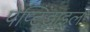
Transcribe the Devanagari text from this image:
पेप्टिडाइल